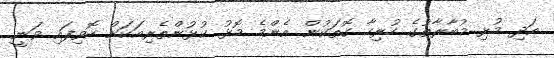
އަދި މުޅި މުބާރާތުގެ ހުރިހާ ގޮތަކުން އެންމެ މޮޅު ކުޅުންތެރިއަކަށް ހޮވިފައި ވަނީ